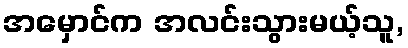
အမှောင်က အလင်းသွားမယ့်သူ,